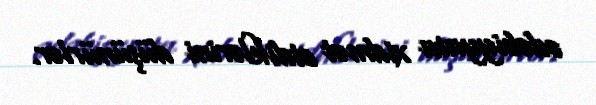
ədəbiyyata xidmət etdiklərini düşünürlər.